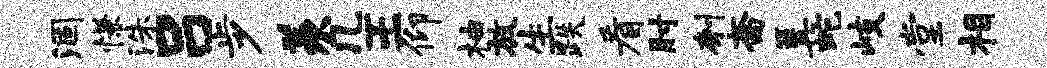
涸慊洙吕步羡几王仰柚放生跌看肘刳斋篝蛇岐堂相